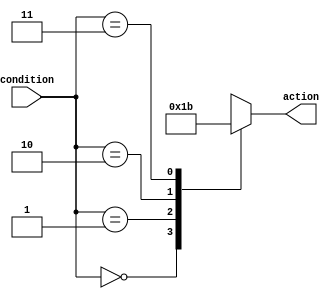
module multiple_if_else(
  input [1:0] condition,
  output reg [1:0] action
);

always @(*)
begin
  case (condition)
    2'b00: begin
      // Condition 1
      action <= 2'b00; // Action for Condition 1
    end
    2'b01: begin
      // Condition 2
      action <= 2'b01; // Action for Condition 2
    end
    2'b10: begin
      // Condition 3
      action <= 2'b10; // Action for Condition 3
    end
    2'b11: begin
      // Condition 4
      action <= 2'b11; // Action for Condition 4
    end
    default: begin
      action <= 2'b00; // Default action
    end
  endcase
end

endmodule